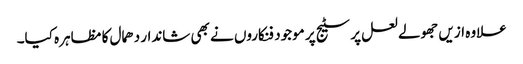
علاوہ ازیں جھولے لعل پر سٹیج پر موجود فنکاروں نے بھی شاندار دھمال کا مظاہرہ کیا۔